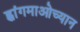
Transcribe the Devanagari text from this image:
ह्वांगमाओच्यान